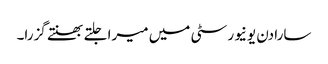
سارا دن یونیورسٹی میں میرا جلتے بھنتے گزرا۔